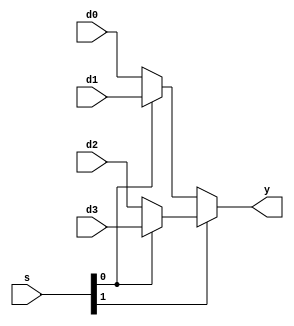
module mux4(input  [3:0] d0, d1, d2, d3,
            input  [1:0] s,
            output [3:0] y);

   assign y = s[1] ? (s[0] ? d3 : d2) 
                   : (s[0] ? d1 : d0); 
endmodule